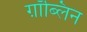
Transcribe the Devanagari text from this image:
ग़ॉब्लिन